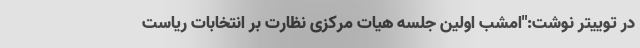
در توییتر نوشت:"امشب اولین جلسه هیات مرکزی نظارت بر انتخابات ریاست